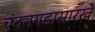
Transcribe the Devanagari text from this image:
चंदनगडासारखे